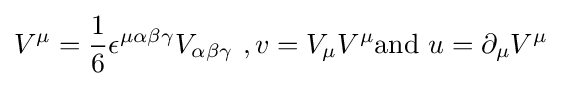
V^{\mu }={\frac {1}{6}}\epsilon ^{\mu \alpha \beta \gamma }V_{\alpha \beta \gamma }~,v=V_{\mu }V^{\mu }{\text{and}}~u=\partial _{\mu }V^{\mu }